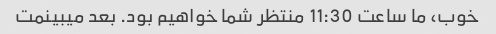
خوب، ما ساعت 11:30 منتظر شما خواهیم بود. بعد میبینمت